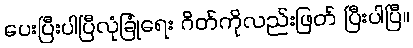
ပေးပြီးပါပြီလုံခြုံရေး ဂိတ်ကိုလည်းဖြတ် ပြီးပါပြီ။